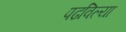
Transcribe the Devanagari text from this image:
पढविल्या